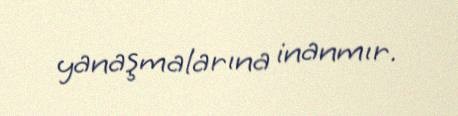
yanaşmalarına inanmır.